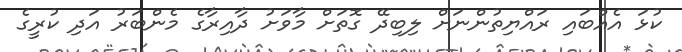
ކުޅަ އެއްބައި ރައްޔިތުންނަށް ލިބިދޭ ގޮތަށް މާވަށު ދާއިރާގެ މެންބަރު އަދި ކުރީގެ